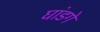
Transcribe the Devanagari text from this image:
घांडगे